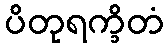
ပိတုရက္ခိတံ